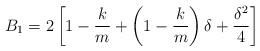
LaTeX: \begin{align*}B_{1} =2\left[1-\frac{k}{m}+\left(1-\frac{k}{m}\right)\delta+\frac{\delta^{2}}{4}\right]\end{align*}